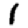
Digit: 1